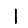
Digit: 1